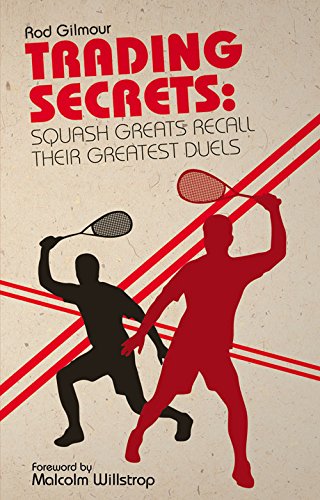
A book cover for Trading Secrets: Squash Greats Recall Their Greatest Duels; Rod Gilmour; Sports & Outdoors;